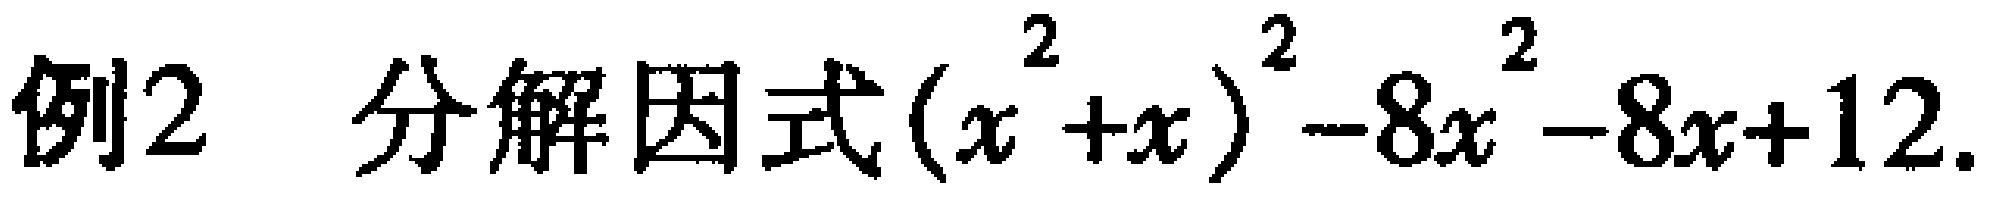
例2 分解因式\((x^{2}+x)^{2}-8x^{2}-8x + 12\).